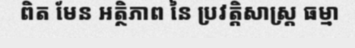
ពិត មែន អត្ថិភាព នៃ ប្រវត្តិសាស្ត្រ ធម្មា